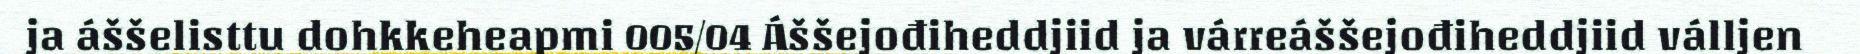
ja áššelisttu dohkkeheapmi 005/04 Áššejođiheddjiid ja várreáššejođiheddjiid válljen